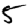
Digit: 5